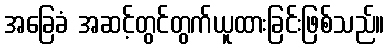
အခြေခံ အဆင့်တွင်တွက်ယူထားခြင်းဖြစ်သည်။